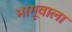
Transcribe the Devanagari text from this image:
भागूवाला